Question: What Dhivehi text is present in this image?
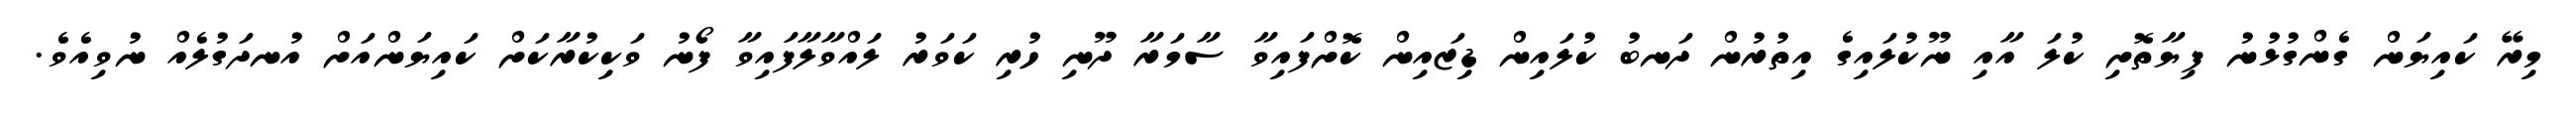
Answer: މިރޭ ކައިޔަން ގެންގުޅުނު ފިޔާތޮށި ކުލަ އާއި ނޫކުލައިގެ އިތުރުން ދަނބު ކުލައިން ޑިޒައިން ކޮށްފައިވާ ސާމަރާ ދޫނި ހުރި ކަވަރު ލައްވާލާފައިވާ ފޯނު ވަކިކުރާކަށް ކައިޔަންއަށް އުނދަގުލެއް ނުވިއެވެ.